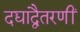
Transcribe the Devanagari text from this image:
दद्याद्वैतरणीं